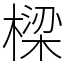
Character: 樑